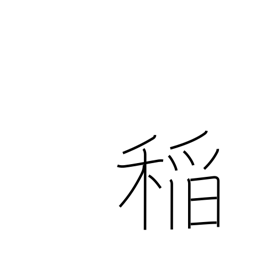
Meaning: rice plant